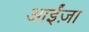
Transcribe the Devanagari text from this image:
आईंज़ा